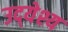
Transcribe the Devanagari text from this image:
उद्‍येश्य